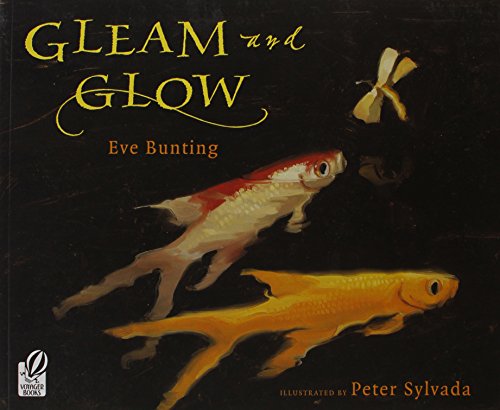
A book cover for Gleam and Glow; Eve Bunting; Children's Books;